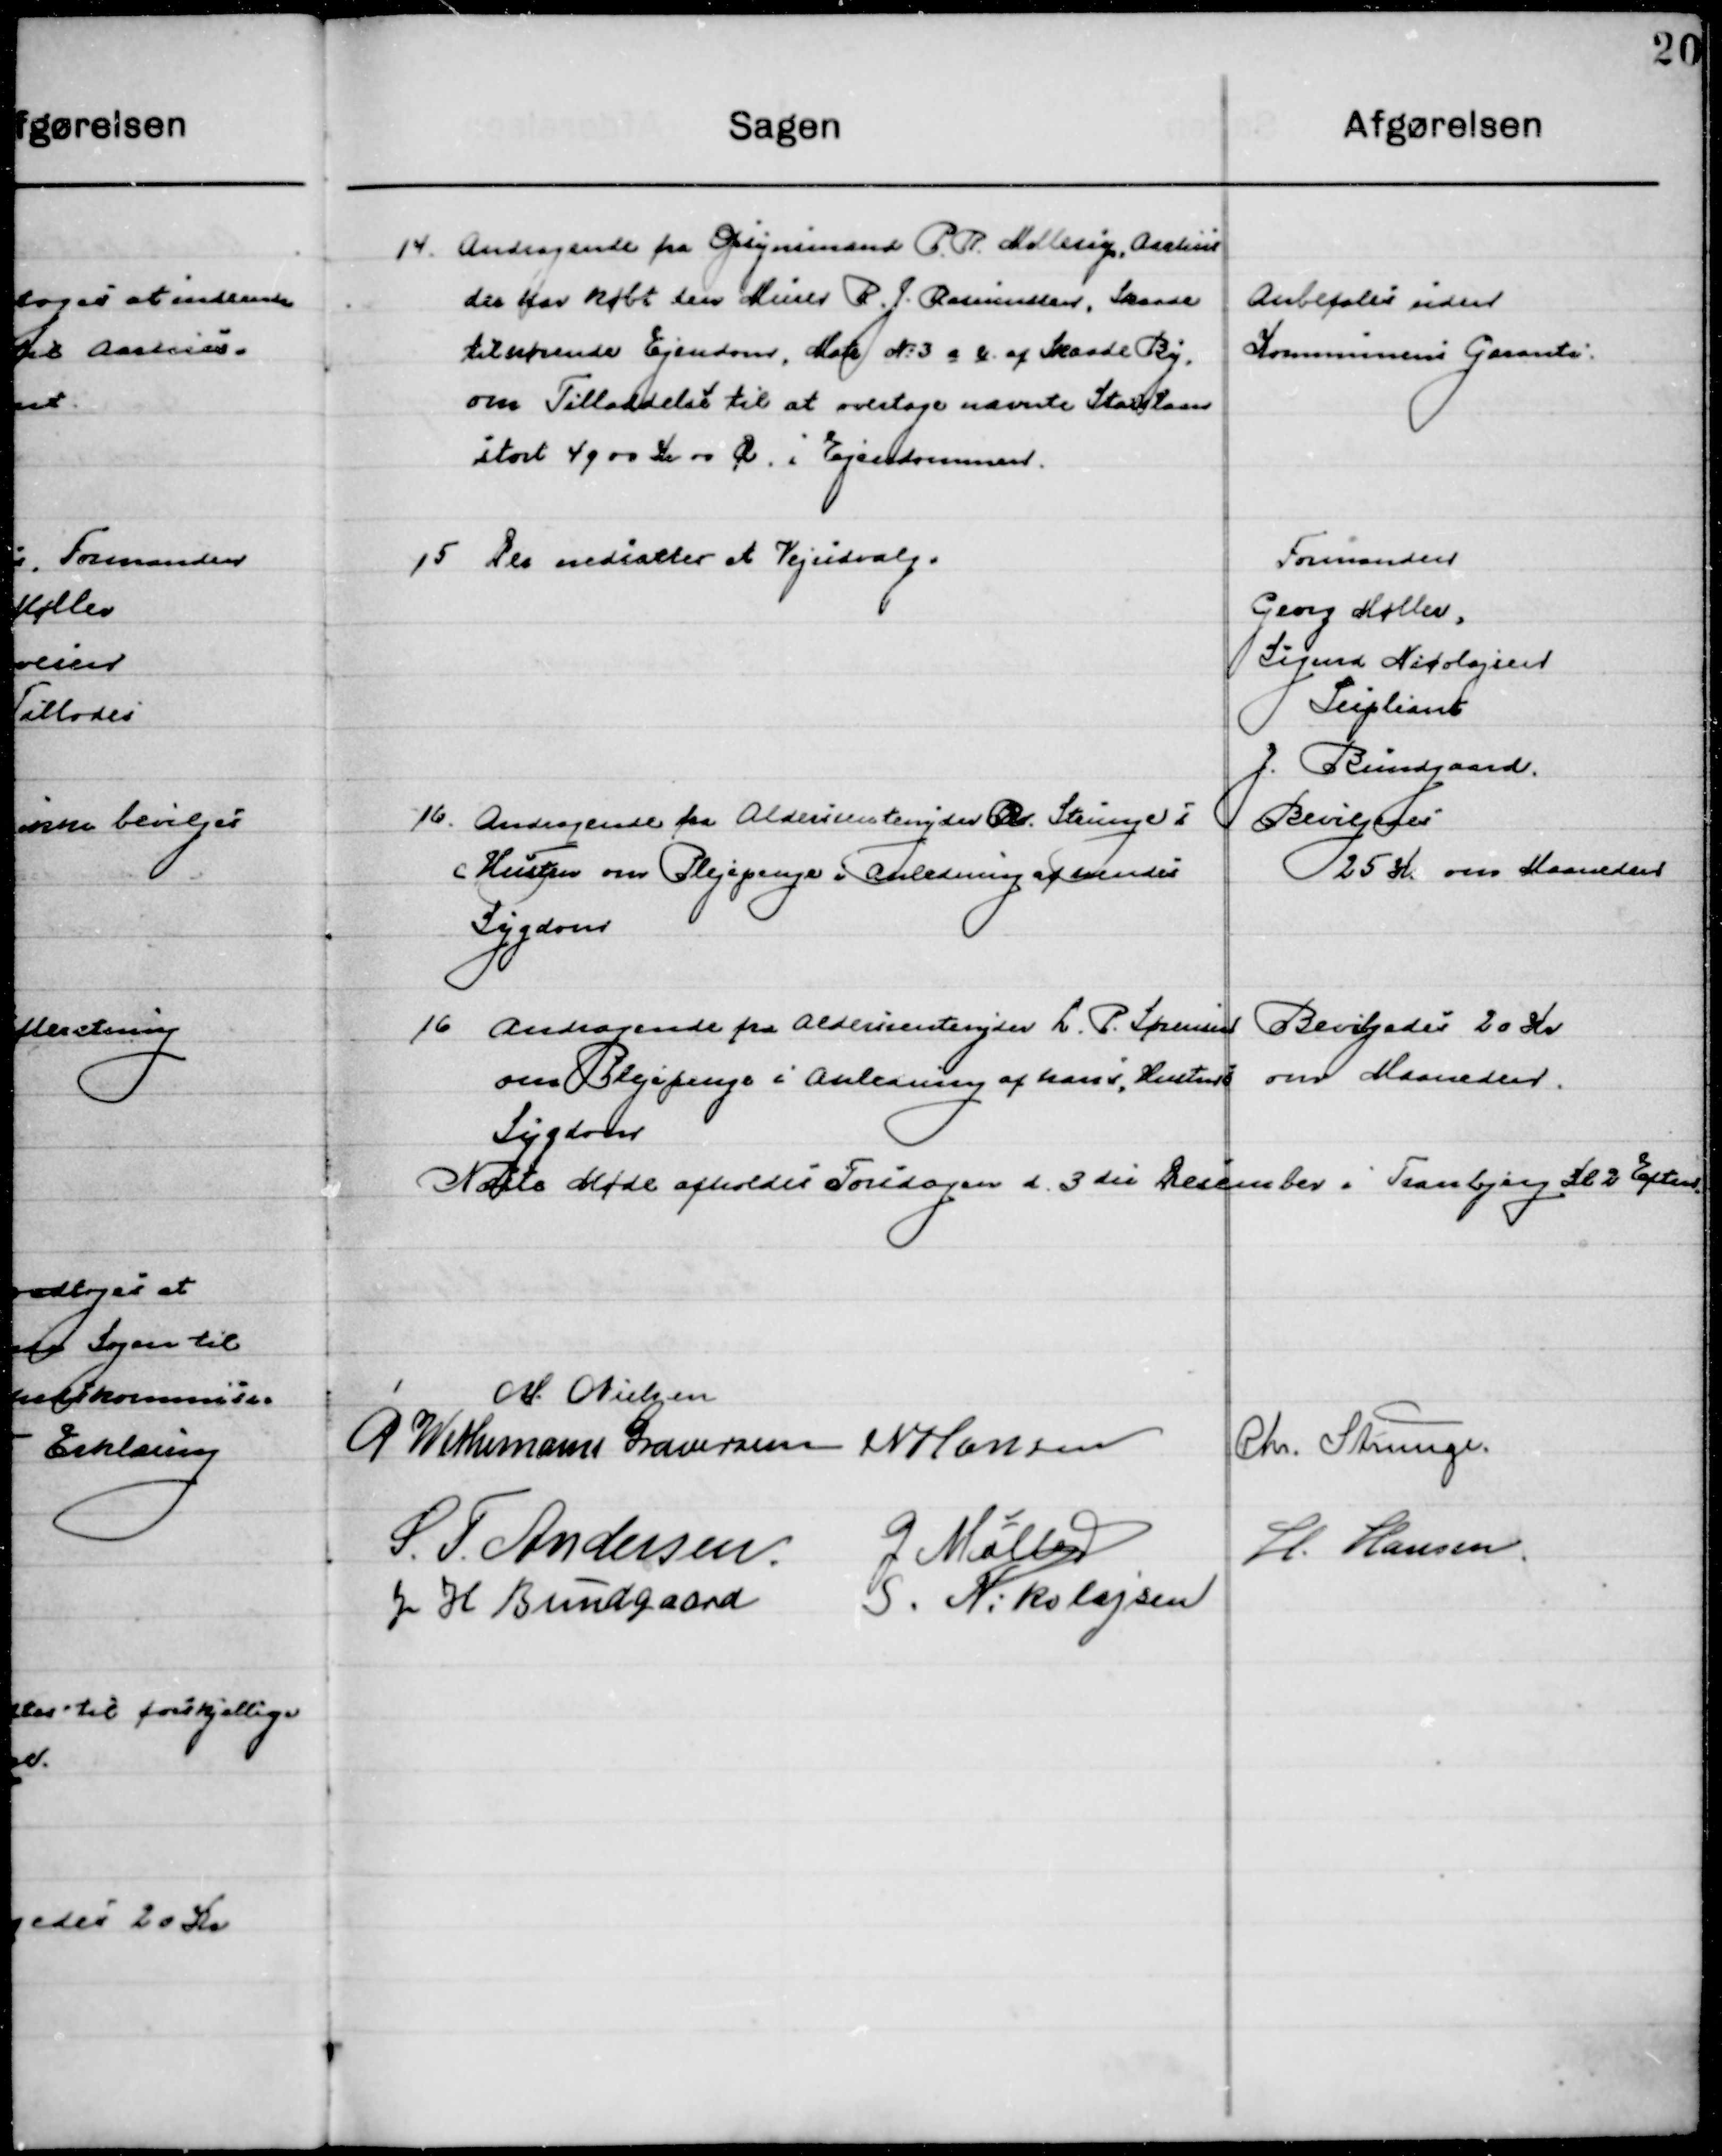
Transskription:
14

Andragende fra Opsynsmand P. R. Mellerup, Aarhus
der har købt den Murer R. P. Rasmussen, Skaade
tilhørende Ejendom, Matr. No. 3 a b af Skaade By.
om Tilladelse til at overtage nævnte Statslaan
stort 4900 Kr. 00 Øre, i Ejendommen.

Anbefales uden
Kommunens Garanti

15

Der nedsattes et Vejudvalg

Formanden
Georg Møller
Sigurd Nicolajsen
Suppleant
J. Bundgaard

16

Andragende fra Aldersrenteyder Chr. Strunges
Hustru om Plejepenge i Anledning af hendes
Sygdom.

Bevilgedes 
25 Kr. om Maaeden

16

Andragende fra Aldersrenteyder L. P. Sørensen
om Plejepenge i Anledning af hans Hustrus 
Sygdom.

Bevilgedes 20 Kr. 
om Maaeden

Næste Møde afholdes Torsdagen d. 3die  December i Tranbjerg  Kl. 2 Eftmd.

M. Nielsen
P. Wethemann Graversen
N. Hansen
Chr. Strunge
S. F. Andersen
G. Møller
H. Hansen
J. H. Bundgaard
S. Nikolajsen